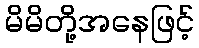
မိမိတို့အနေဖြင့်